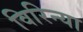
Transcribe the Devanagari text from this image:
विरिन्या